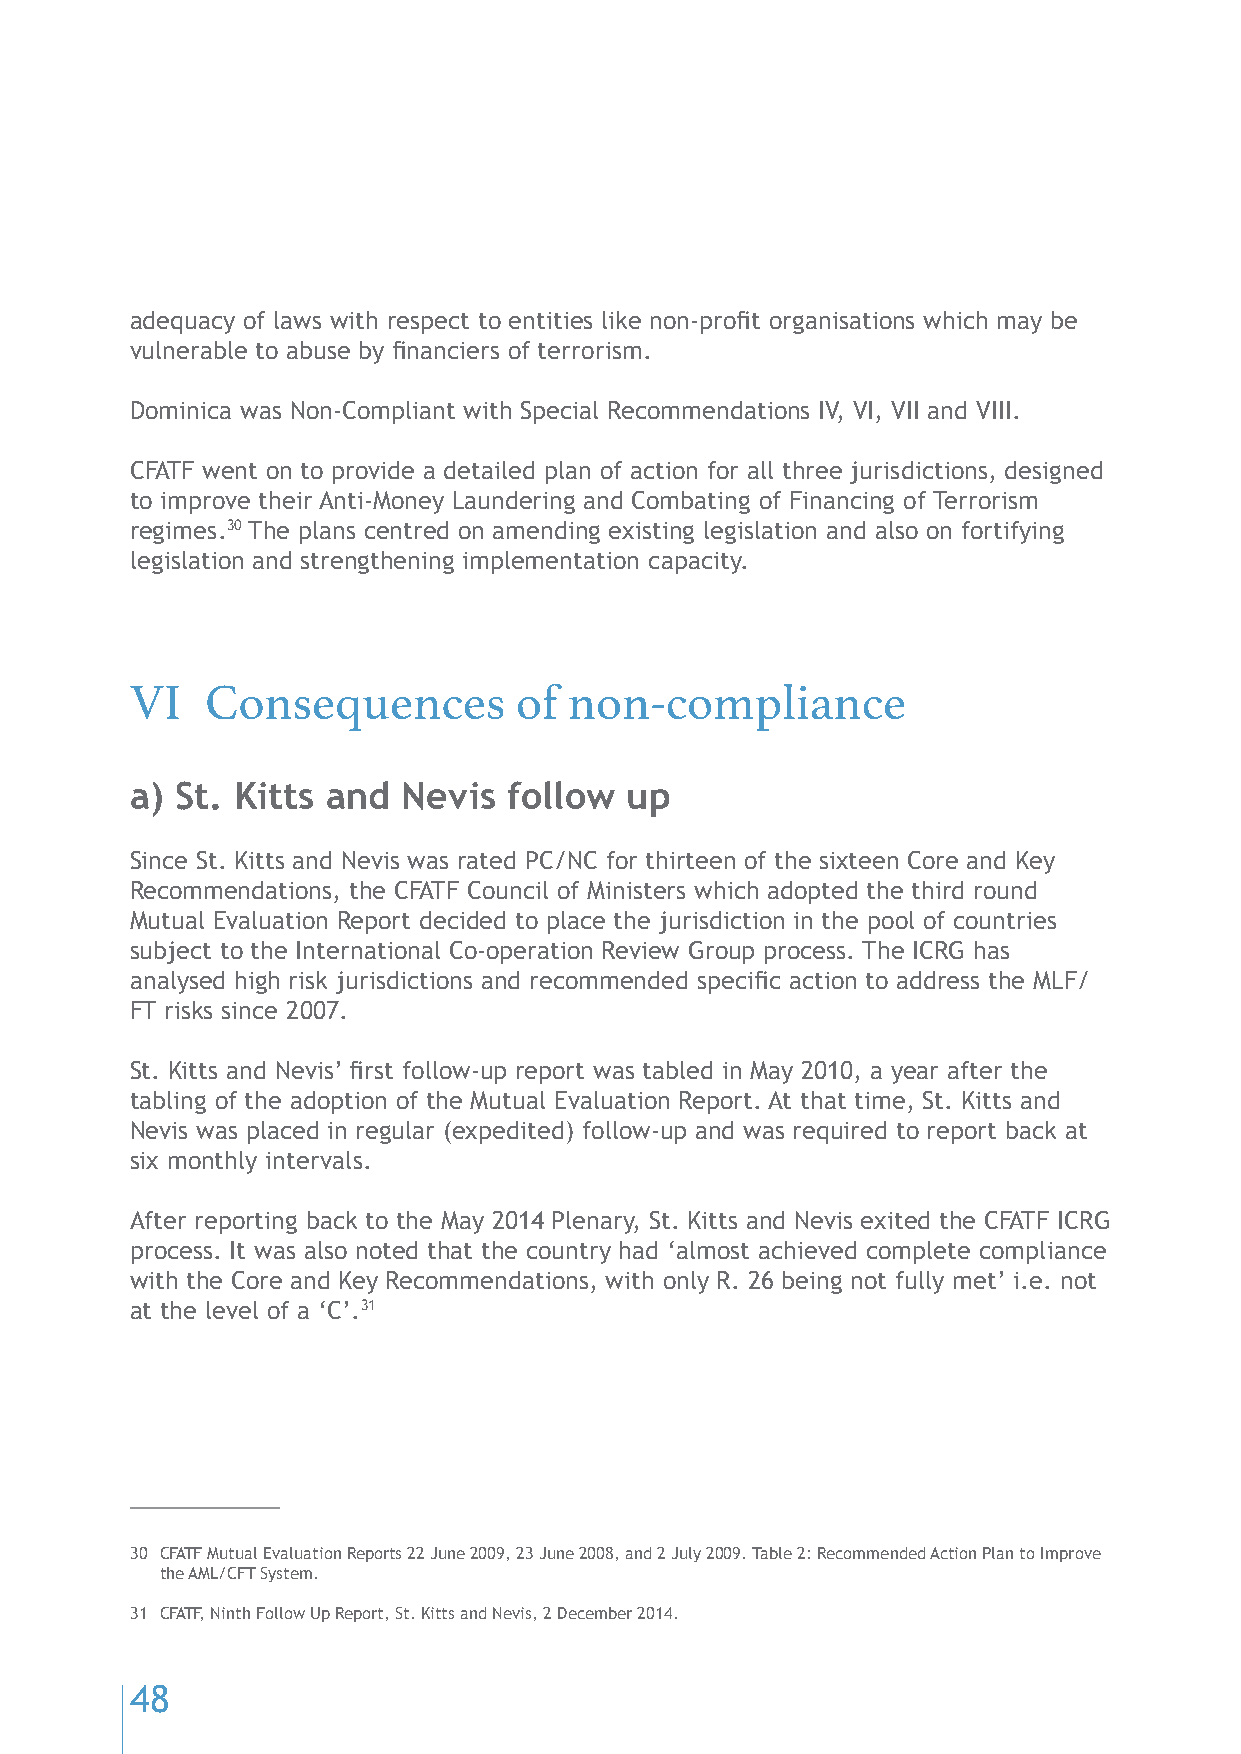
adequacy of laws with respect to entities like non-profit organisations which may be
 vulnerable to abuse by financiers of terrorism.
 Dominica was Non-Compliant with Special Recommendations IV, VI, VII and VIII.
 CFATF went on to provide a detailed plan of action for all three jurisdictions, designed
 to improve their Anti-Money Laundering and Combating of Financing of Terrorism
 regimes.30 The plans centred on amending existing legislation and also on fortifying
 legislation and strengthening implementation capacity.
 VI   Consequences        of  non-compliance
 a) St. Kitts and  Nevis  follow up
 Since St. Kitts and Nevis was rated PC/NC for thirteen of the sixteen Core and Key
 Recommendations, the CFATF Council of Ministers which adopted the third round
 Mutual Evaluation Report decided to place the jurisdiction in the pool of countries
 subject to the International Co-operation Review Group process. The ICRG has
 analysed high risk jurisdictions and recommended specific action to address the MLF/
 FT risks since 2007.
 St. Kitts and Nevis’ first follow-up report was tabled in May 2010, a year after the
 tabling of the adoption of the Mutual Evaluation Report. At that time, St. Kitts and
 Nevis was placed in regular (expedited) follow-up and was required to report back at
 six monthly intervals.
 After reporting back to the May 2014 Plenary, St. Kitts and Nevis exited the CFATF ICRG
 process. It was also noted that the country had ‘almost achieved complete compliance
 with the Core and Key Recommendations, with only R. 26 being not fully met’ i.e. not
 at the level of a ‘C’.31
 30 CFATF Mutual Evaluation Reports 22 June 2009, 23 June 2008, and 2 July 2009. Table 2: Recommended Action Plan to Improve
 the AML/CFT System.
 31 CFATF, Ninth Follow Up Report, St. Kitts and Nevis, 2 December 2014.
 48